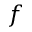
f